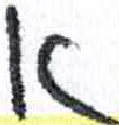
אות: א